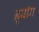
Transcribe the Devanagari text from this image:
हुवांग